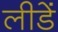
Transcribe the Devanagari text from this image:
लीडें